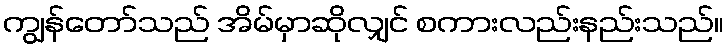
ကျွန်တော်သည် အိမ်မှာဆိုလျှင် စကားလည်းနည်းသည်။